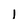
Character: l